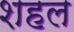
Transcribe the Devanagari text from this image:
शहल